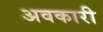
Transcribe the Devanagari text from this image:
अवकारी